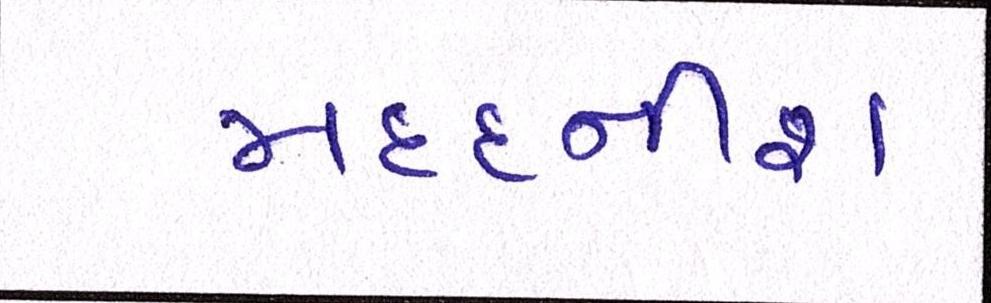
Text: મદદનીશ